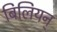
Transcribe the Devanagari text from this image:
बिलियन्